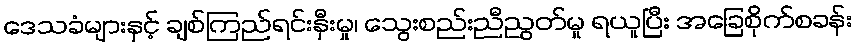
ဒေသခံများနှင့် ချစ်ကြည်ရင်းနှီးမှု၊ သွေးစည်းညီညွတ်မှု ရယူပြီး အခြေစိုက်စခန်း